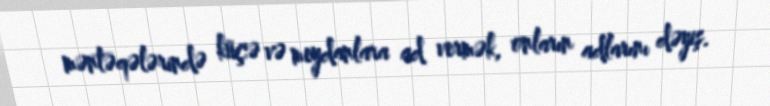
məntəqələrində küçə və meydanlara ad vermək, onların adlarını dəyiş.